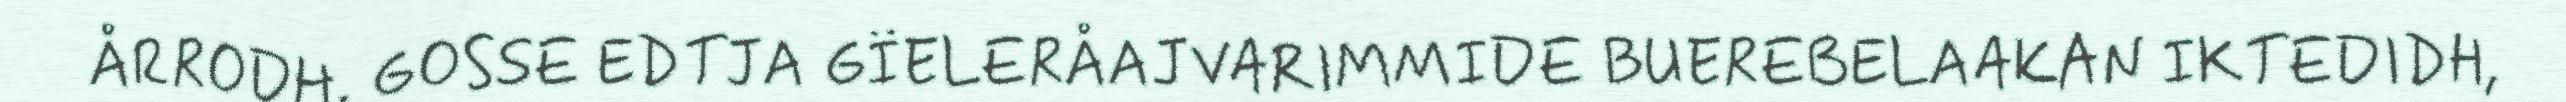
ÅRRODH. GOSSE EDTJA GÏELERÅAJVARIMMIDE BUEREBELAAKAN IKTEDIDH,